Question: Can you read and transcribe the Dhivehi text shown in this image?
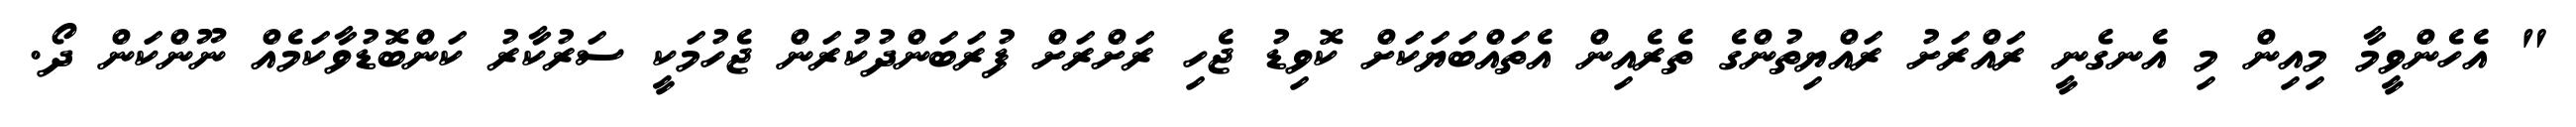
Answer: " އެހެންވީމާ މިއިން މި އެނގެނީ ރައްރަށު ރައްޔިތުންގެ ތެރެއިން އެތައްބަޔަކަށް ކޮވިޑު ޖެހި ރަށްރަށް ފުރަބަންދުކުރަން ޖެހުމަކީ ސަރުކާރު ކަންބޮޑުވާކަމެއް ނޫންކަން ދޯ.